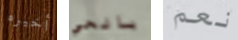
أخيره بالحي نعم